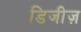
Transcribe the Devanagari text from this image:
डिजीज़